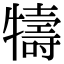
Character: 㹗